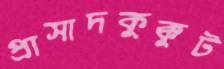
প্রাসাদকুক্কুট